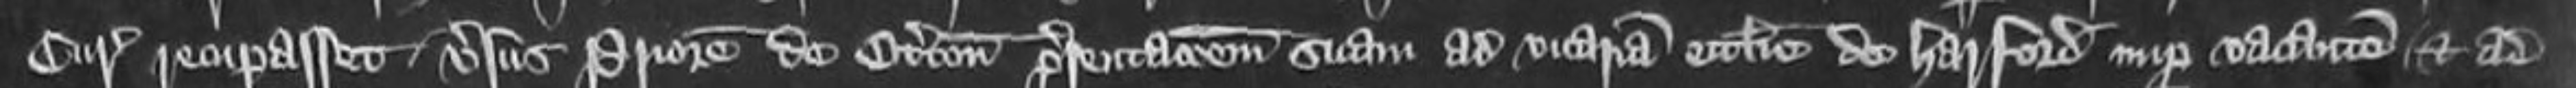
Curia recuperasset versus Priorem de Otterton presentationem suam ad vicariam ecclesie de Harpford nuper vacantem et ad